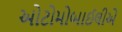
ઓટોમોબાઈલીએ